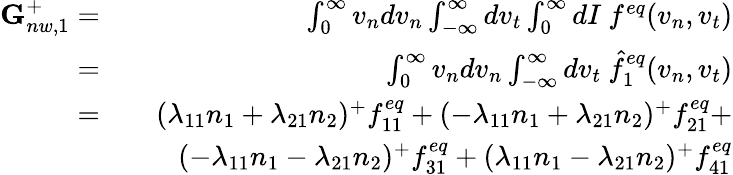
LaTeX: \begin{array}{rlr}{\textbf{G}_{nw,1}^{+}=}&{}&{\int_{0}^{\infty}v_{n}dv_{n}\int_{-\infty}^{\infty}dv_{t}\int_{0}^{\infty}dI\ f^{eq}(v_{n},v_{t})}\\ {=}&{}&{\int_{0}^{\infty}v_{n}dv_{n}\int_{-\infty}^{\infty}dv_{t}\ \hat{f}_{1}^{eq}(v_{n},v_{t})}\\ {=}&{}&{(\lambda_{11}n_{1}+\lambda_{21}n_{2})^{+}f_{11}^{eq}+(-\lambda_{11}n_{1}+\lambda_{21}n_{2})^{+}f_{21}^{eq}+}\\ &{}&{(-\lambda_{11}n_{1}-\lambda_{21}n_{2})^{+}f_{31}^{eq}+(\lambda_{11}n_{1}-\lambda_{21}n_{2})^{+}f_{41}^{eq}}\end{array}